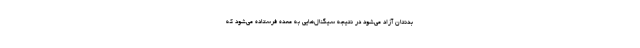
بدنتان آزاد می‌شود در نتیجه سیگنال‌هایی به معده فرستاده می‌شود که